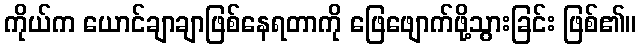
ကိုယ်က ယောင်ချာချာဖြစ်နေရတာကို ဖြေဖျောက်ဖို့သွားခြင်း ဖြစ်၏။